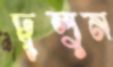
ঢুলুন